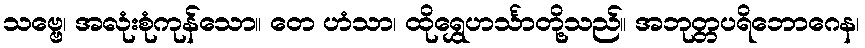
သဗ္ဗေ၊ အလုံးစုံကုန်သော။ တေ ဟံသာ၊ ထိုရွှေဟင်္သာတို့သည်။ အဘုတ္တပရိဘောဂေန၊